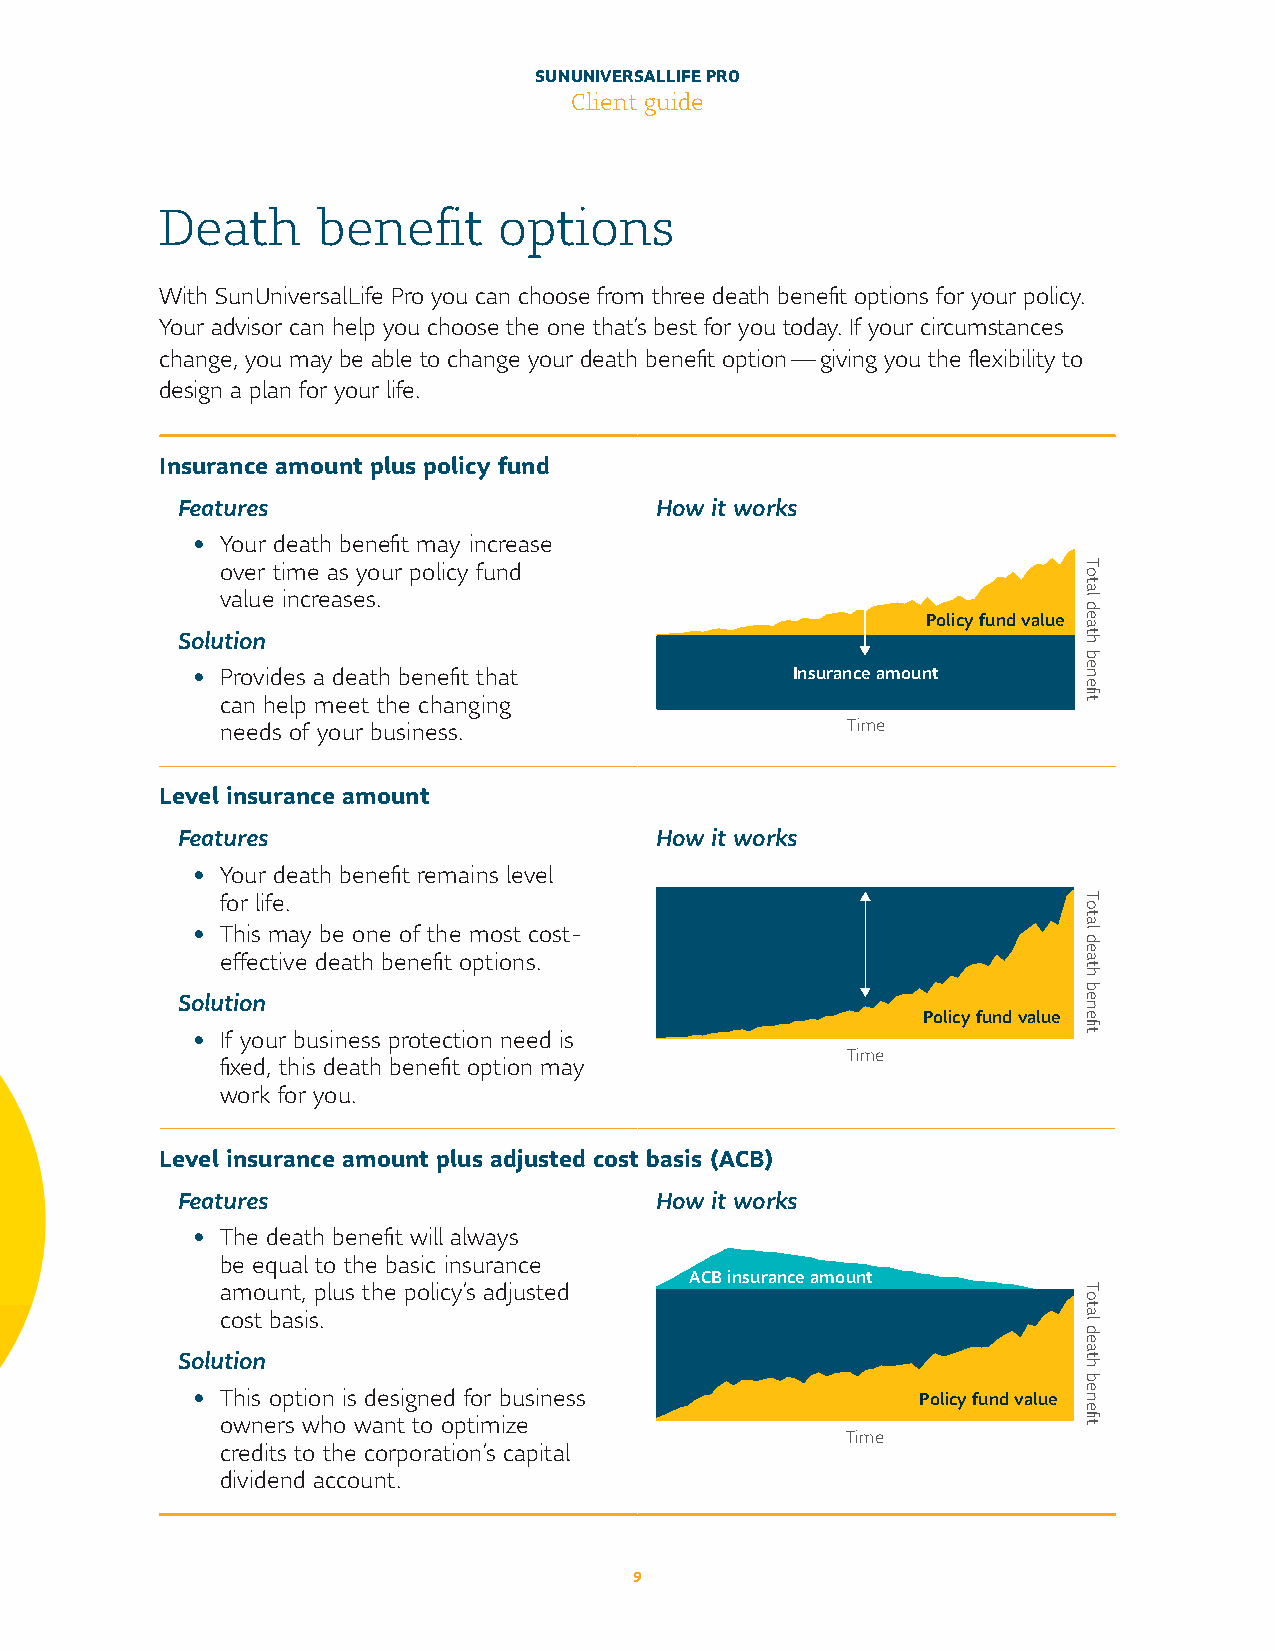
SUN UNIVERSAL LIFE PRO
 Client guide
 Death     benefit     options
 With Sun Universal Life Pro you can choose from three death benefit options for your policy.
 Your advisor can help you choose the one that’s best for you today. If your circumstances
 change, you may be able to change your death benefit option — giving you the flexibility to
 design a plan for your life.
 Insurance amount plus policy fund
 Features                       How it works
 • Your death benefit may increase
 over time as your policy fund
 value increases.
 Policy fund value
 Solution
 • Provides a death benefit that        Insurance amount
 can help meet the changing
 needs of your business.                  Time
 Level insurance amount
 Features                       How it works
 • Your death benefit remains level
 for life.
 • This may be one of the most cost-
 effective death benefit options.
 Solution
 Policy fund value
 • If your business protection need is
 Time
 fixed, this death benefit option may
 work for you.
 Level insurance amount plus adjusted cost basis (ACB)
 Features                       How it works
 • The death benefit will always
 be equal to the basic insurance
 ACB insurance amount
 amount, plus the policy’s adjusted
 cost basis.
 Solution
 • This option is designed for business          Policy fund value
 owners who want to optimize
 Time
 credits to the corporation’s capital
 dividend account.
 9
 Total
 death
 benefit
 Total
 death
 benefit
 Total
 death
 benefit